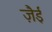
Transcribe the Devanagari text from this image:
ज़ैई